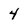
Character: 4